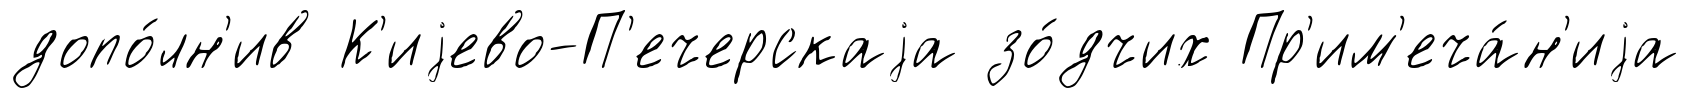
допо́лн'ив К'иjево-П'ечерскаjа зо́дчих Пр'им'еча́н'иjа